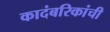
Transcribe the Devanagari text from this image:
कादंबरिकांची